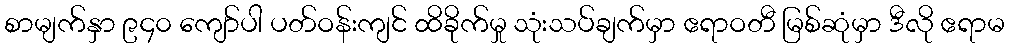
စာမျက်နှာ ၉၄၀ ကျော်ပါ ပတ်ဝန်းကျင် ထိခိုက်မှု သုံးသပ်ချက်မှာ ဧရာဝတီ မြစ်ဆုံမှာ ဒီလို ဧရာမ